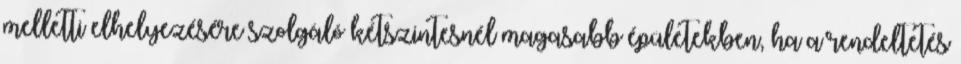
melletti elhelyezésére szolgáló kétszintesnél magasabb épületekben, ha a rendeltetés